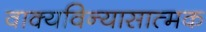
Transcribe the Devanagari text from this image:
वाक्यविन्यासात्मक